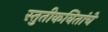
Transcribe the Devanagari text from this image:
स्तुतीकवितांचे